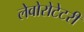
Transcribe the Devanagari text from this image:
लेवोरोटेटरी